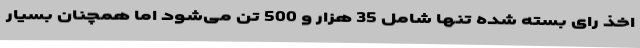
اخذ رای بسته شده تنها شامل 35 هزار و 500 تن می‌شود اما همچنان بسیار